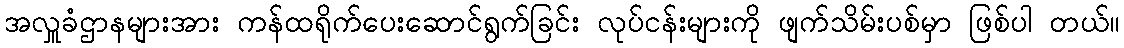
အလှူခံဌာနများအား ကန်ထရိုက်ပေးဆောင်ရွက်ခြင်း လုပ်ငန်းများကို ဖျက်သိမ်းပစ်မှာ ဖြစ်ပါ တယ်။